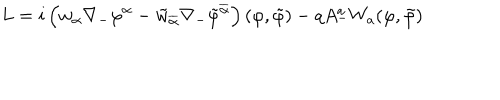
LaTeX: L = i \left( w _ { \alpha } \nabla _ { - } \varphi ^ { \alpha } - \tilde { w } _ { \overline { { { \alpha } } } } \nabla _ { - } \tilde { \varphi } ^ { \overline { { { \alpha } } } } \right) ( \varphi , \tilde { \varphi } ) - q A _ { - } ^ { a } { W } _ { a } ( \varphi , \tilde { \varphi } )